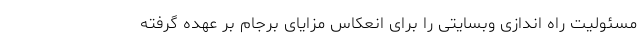
مسئولیت راه اندازی وبسایتی را برای انعکاس مزایای برجام بر عهده گرفته